Medical and sanitary report of the native army of Bengal for the year
Year: 1875
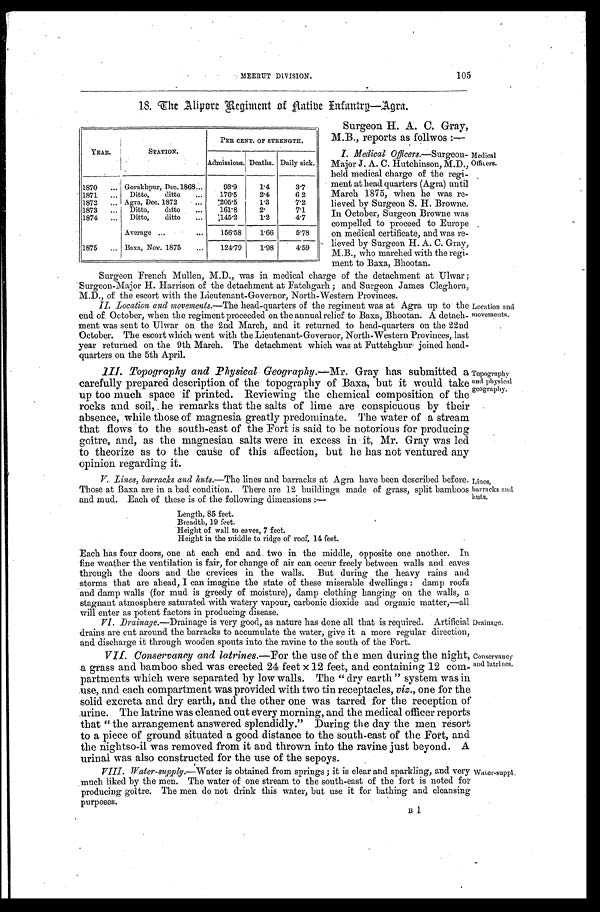
105
MEERUT DIVISION.
18. The Alipore Begiment of Aatibe Infantry—Agra.
YEAR.
STATION.
PER CENT. OF STRENGTH.
Daily sick.
Admissions. Deaths.
1870 . . .
Gorakhpur, Dec.1868 . . .
93.9
1.4
3.7
1871 . . .
Ditto, ditto . . .
176.5
2.4
6.2
1872 . . .
Agra, Dec. 1872 . . .
.205.5
1.3
7.2
1873 . . .
Ditto, ditto . . .
161.8
2.
7.1
1874 . . .
Ditto, ditto . . .
.145.2
1.2
4.7
Average . . .
156.58
1.66
5.78
1875 . . .
Baxa, Nov. 1875 . . .
124.79
1.98
4.59
Surgeon H. A. C. Gray,
M.B., reports as follwos :—
I. Medical Officers
.—Surgeon
-Major J. A. C. Hutchinson, M.D.,
held medical charge of the regi-
ment at head quarters (Agra) until
March 1875, when he was re-
lieved by Surgeon S. H. Browne.
In October, Surgeon Browne was
compelled to proceed to Europe
on medical certificate, and was re-
lieved by Surgeon H. A. C. Gray,
M.B., who marched with the regi-
ment to Baxa, Bhootan.
Medical
Officers.
Surgeon French Mullen, M.D. was in medical charge of the detachment at Ulwar;
Surgeon-Major H. Harrison of the detachment at Fatehgarh; and Surgeon James Cleghorn,
M.D., of the escort with the Lieutenant-Governor, North-Western Provinces.
I I . L o c a t i o n a n d m o v e m e n t s . —T
h eh
e a d - q u a r t e r s o f t h e r e g i m e n t w a s a t A g r a u p t o t h e
end of October, when the regiment proceeded on the annual relief to Baxa, Bhootan. A detach-
ment was sent to Ulwar on the 2nd March, and it returned to head-quarters on the 22nd
October. The escort which went with the Lieutenant-Governor, North-Western Provinces, last
year returned on the 9th March. The detachment which was at Futtehghur joined head-
quarters on the 5th April.
1II. Topography and Physical Geography.— Mr. Gray has submitted a
carefully prepared description of the topography of Baxa, but it would take
up too much space if printed. Reviewing the chemical composition of the
rocks and soil, he remarks that the salts of lime are conspicuous by their
absence, while those of magnesia greatly predominate. The water of a stream
that flows to the south-east of the Fort is said to be notorious for producing
goitre, and, as the magnesian salts were in excess in it, Mr. Gray was led
to theorize as to the cause of this affection, but he has not ventured any
opinion regarding it.
V. Lines, barracks and huts.— The lines and barracks at Agra have been described before.
Those at Baxa are in a bad condition. There are 12 buildings made of grass, split bamboos
and mud. Each of these is of the following dimensions :—
Length, 85 feet.
Breadth, 19 feet.
Height of wall to eaves, 7 feet.
Height in the middle to ridge of roof, 14 feet.
Location and
movements.
Topography
and physical
geography.
Lines,
barracks and
huts.
Each has four doors, one at each end and two in the middle, opposite one another. In
fine weather the ventilation is fair, for change of air can occur freely between walls and eaves
through the doors and the crevices in the walls. But during the heavy rains and
storms that are ahead, I can imagine the state of these miserable dwellings: damp roofs
and damp walls (for mud is greedy of moisture), damp clothing hanging on the walls, a
stagnant atmosphere saturated with watery vapour, carbonic dioxide and organic matter, —all
will enter as potent factors in producing disease.
VI. Drainage. —Drainage is very good, as nature has done all that is required. Artificial
drains are cut around the barracks to accumulate the water, give it a more regular direction,
and discharge it through wooden spouts into the ravine to the south of the Fort.
Drainage.
VII. Conservancy and latrines.— For the use of the men during the night,
a grass and bamboo shed was erected 24 feet × 12 feet, and containing 12 com-
partments which were separated by low walls. The " dry earth " system was in
use, and each compartment was provided with two tin receptacles, viz., one for the
solid excreta and dry earth, and the other one was tarred for the reception of
urine. The latrine was cleaned out every morning, and the medical officer reports
that " the arrangement answered splendidly." During the day the men resort
to a piece of ground situated a good distance to the south-east of the Fort, and
the nightso-il was removed from it and thrown into the ravine just beyond. A
urinal was also constructed for the use of the sepoys.
VIII. Water-supply.—Water is obtained from springs; it is clear and sparkling, and very
much liked by the men. The water of one stream to the south-east of the fort is noted for
producing goître. The men do not drink this water, but use it for bathing and cleansing
purposes.
Conservancy
and
latrines.
Water-suppl.
B 1